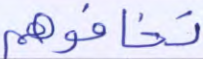
تخافوهم